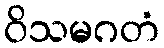
ဝိသမဂတံ